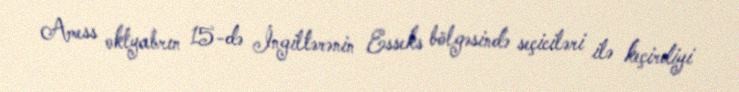
Amess oktyabrın 15-də İngiltərənin Esseks bölgəsində seçiciləri ilə keçirdiyi